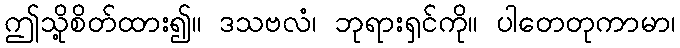
ဤသို့စိတ်ထား၍။ ဒသဗလံ၊ ဘုရားရှင်ကို။ ပါတေတုကာမာ၊